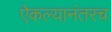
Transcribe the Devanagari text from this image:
ऐकल्यानंतरच